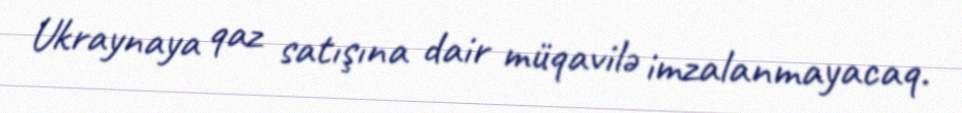
Ukraynaya qaz satışına dair müqavilə imzalanmayacaq.